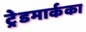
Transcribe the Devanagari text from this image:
ट्रेडमार्कका